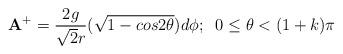
LaTeX: \begin{align*}{\bf A}^{+}=\frac {2g}{{\sqrt {2}}r}(\sqrt{1-cos2{\theta}})d{\phi};\;\;0\leq {\theta}<(1+k){\pi}\end{align*}